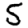
Digit: 5